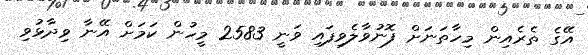
އޭގެ ތެރެއިން މިހާތަނަށް ފޮނުވާލެވިފައި ވަނީ 2583 މީހުން ކަމަށް އޭނާ ވިދާޅުވި